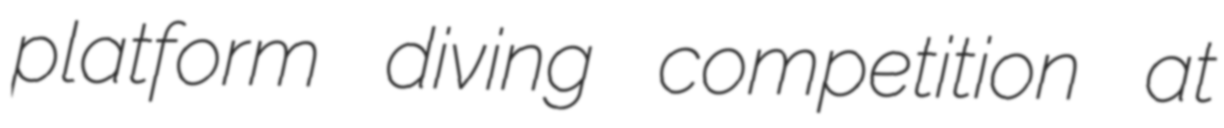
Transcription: platform diving competition at